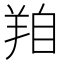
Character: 𦍾